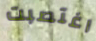
اغتصبت